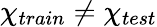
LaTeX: \chi_{train}\neq\chi_{test}